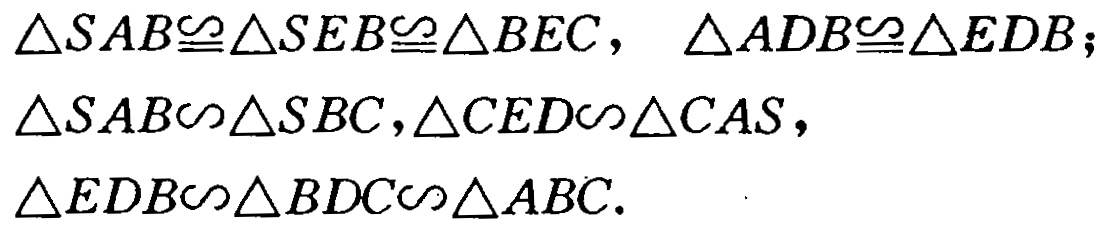
$\triangle SAB\cong\triangle SEB\cong\triangle BEC,\ \triangle ADB\cong\triangle EDB;\\\triangle SAB\backsim\triangle SBC,\triangle CED\backsim\triangle CAS,\\\triangle EDB\backsim\triangle BDC\backsim\triangle ABC.$